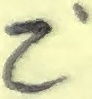
Text: Z